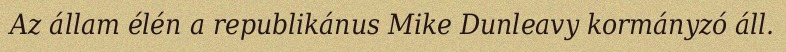
Az állam élén a republikánus Mike Dunleavy kormányzó áll.